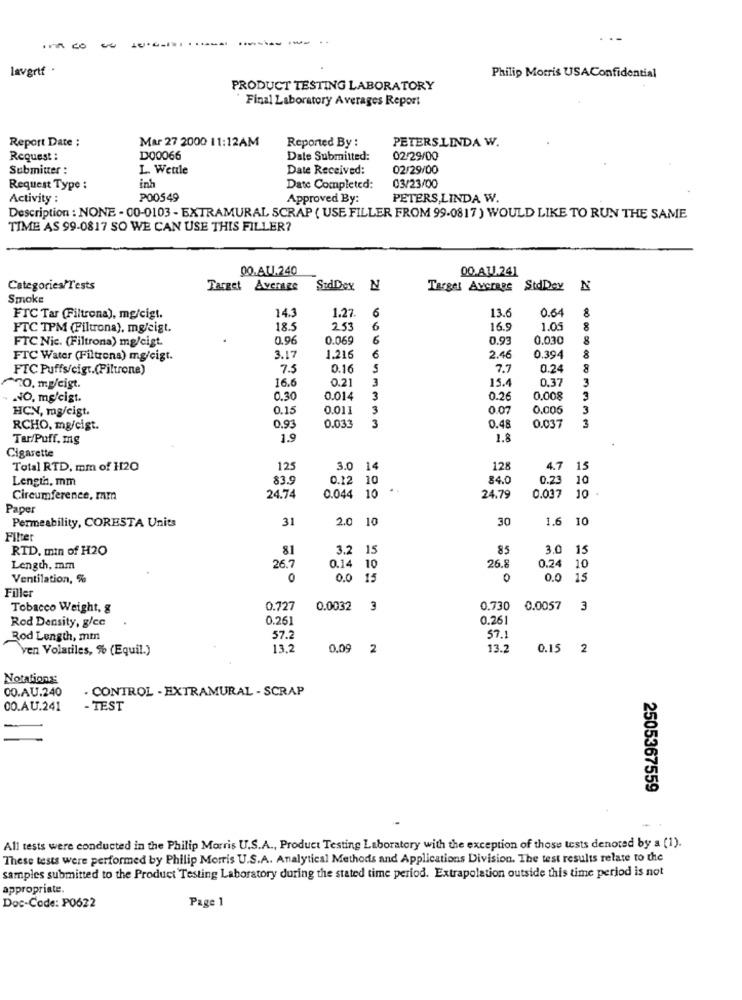
------ -
lavgrif .
Philip Morris USAConfidential
PRODUCT TESTING LABORATORY
Final Laboratory Averages Report
Report Date :
Mar 27 2000 11:12AM
Reported By :
PETERS.LINDA W.
Request :
D00066
Date Submitted:
02/29/00
Submitter :
L. Wettle
Date Received:
02/29/00
iph
03/23/00
Request Type :
Date Completed:
Activity :
P00549
Approved By:
PETERS,LINDA W.
Description : NONE - 00-0103 - EXTRAMURAL SCRAP ( USE FILLER FROM 99-0817 ) WOULD LIKE TO RUN THE SAME
TIME AS 99-0817 SO WE CAN USE THIS FILLER?
00.AU.240
00.AU.241
Categories/Tests
Target Average
SidDex N
21
Target Average StdDey
Smoke
14.3
6
13.6
0.64
8
FTC Tar (Filtrona), mg/cigt.
1.27.
FTC TPM (Filtrona), mg/eigt.
18.
253
6
16.5
1.05
FTC Nic. (Filtrona) mg/cigt.
0.96
0.069
6
0.93
0.030
8
FTC Water (Filtrona) mg/cigt.
3.17
1.216
6
2.46
0.394
8
FTC Puffs/cigt.(Filtrone)
7.5
0.16
5
7.7
0.24
8
16.6
0.21
3
15.4
0.37
3
TO. mg/eigt.
NO, mg/cigt.
0.30
0.014
3
0.26
0.008
HCN, mg/cist.
0.15
0.011
3
0.07
0,005
3
3
RCHO, mg/cigt.
0.93
0.033
3
0.48
0.037
Tar/Puff. mg
1.9
1.8
Cigarette
Total RTD. mm of 120
125
3.0 14
128
4.7 15
Length, mm
83.9
0.12
10
84.0
0.23
10
Circumference, mm
24.74
0.044 10
24.79
0.037 10
Paper
31
2.0 10
30
1.6 10
Permeability, CORESTA Units
Filter
RTD. min of H2O
81
3.2 15
85
3.0 15
Length, mm
26.7
0.14 10
26.8
0.24 10
Ventilation, %
O
0.0 15
0
0.0 15
Filler
Tobacco Weight, g
0.727
0.0032 3
0.730
0.0057 3
Rod Density, g/cc
0.261
0.261
Rod Length, min
57.2
57.
ven Volatiles, % (Equil.)
13,2
0.09 2
13.
0.15 2
Notations
00.AU.240
. CONTROL - EXTRAMURAL - SCRAP
00.AU.241
- TEST
2505367559
All tests were conducted in the Philip Morris U.S.A ., Product Testing Laboratory with the exception of those tests denoted by a (1).
These tests were performed by Philip Morris U.S.A. Analytical Methods and Applications Division. The test results relate to the
samples submitted to the Product Testing Laboratory during the stated time period. Extrapolation outside this time period is not
appropriate.
Doc-Code: P0622
Page 1